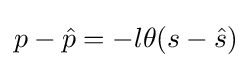
p-{\hat {p}}=-l\theta (s-{\hat {s}})